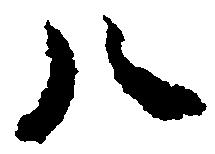
八